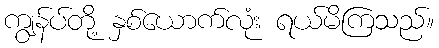
ကျွန်ပ်တို့ နှစ်ယောက်လုံး ရယ်မိကြသည်။